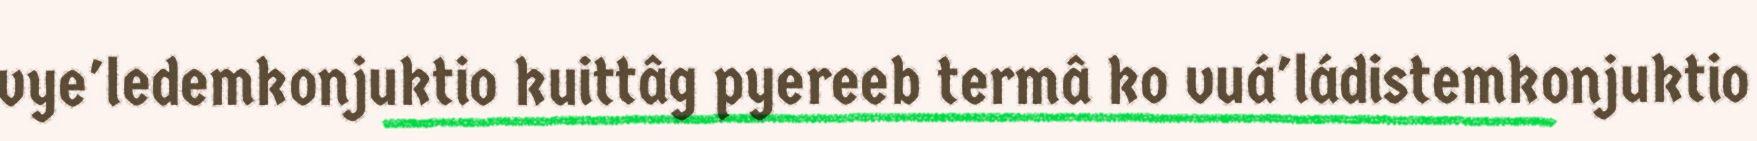
vye'ledemkonjuktio kuittâg pyereeb termâ ko vuá'ládistemkonjuktio